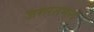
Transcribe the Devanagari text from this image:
जरुरतमन्द